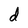
Character: d